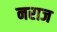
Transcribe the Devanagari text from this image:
नराज